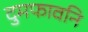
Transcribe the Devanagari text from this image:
दुमफावनि